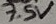
Text: 7.5V